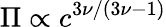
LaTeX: \Pi\propto c^{3\nu/(3\nu-1)}